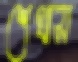
শেখাস